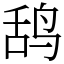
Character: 鸹